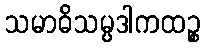
သမာဓိသမ္ပဒါကထဉ္စ